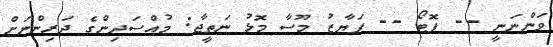
ވަންނަނީ -- ފޮޓޯ -- ފަޔާޒު މޫސާ މޮޅު ނަތީޖާ: މުއްސަދިންގެ ދަރިންނަށް